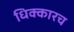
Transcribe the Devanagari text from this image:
धिक्कारच